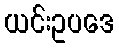
ယင်းဥပဒေ